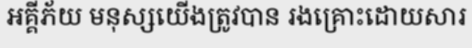
អគ្គីភ័យ មនុស្សយើងត្រូវបាន រងគ្រោះដោយសារ